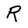
Character: R